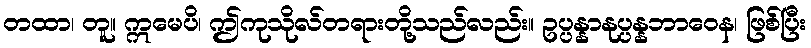
တထာ၊ တူ။ ဣမေပိ၊ ဤကုသိုလ်တရားတို့သည်လည်း။ ဥပ္ပန္နာနုပ္ပန္နဘာဝေန၊ ဖြစ်ပြီး